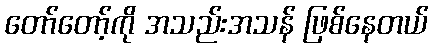
တော်တော့်ကို အသည်းအသန် ဖြစ်နေတယ်